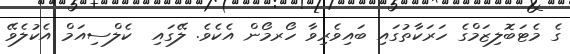
ގެ މެޓަބޮލިޒަމްގެ ހަރަކާތުގައި ބައިވެރިވާ ހޯރމޯން އެކެވެ. ލޭގައި  ކެލްސިއަމް އެކުލެވޭ